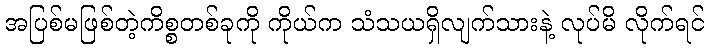
အပြစ်မဖြစ်တဲ့ကိစ္စတစ်ခုကို ကိုယ်က သံသယရှိလျက်သားနဲ့ လုပ်မိ လိုက်ရင်